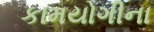
કામયોગીના